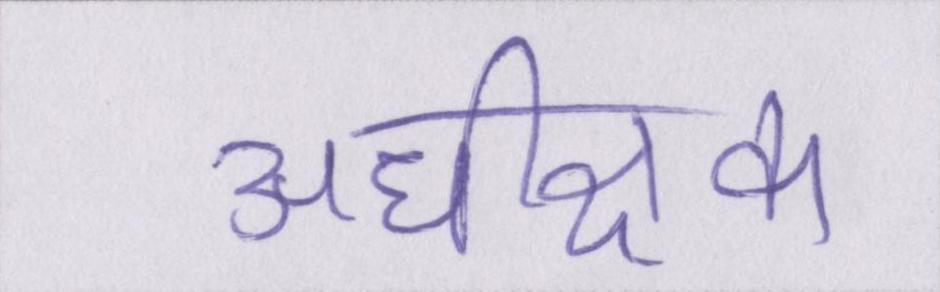
अधीक्षक